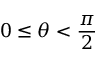
0 \leq \theta < { \frac { \pi } { 2 } }